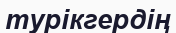
турікгердің